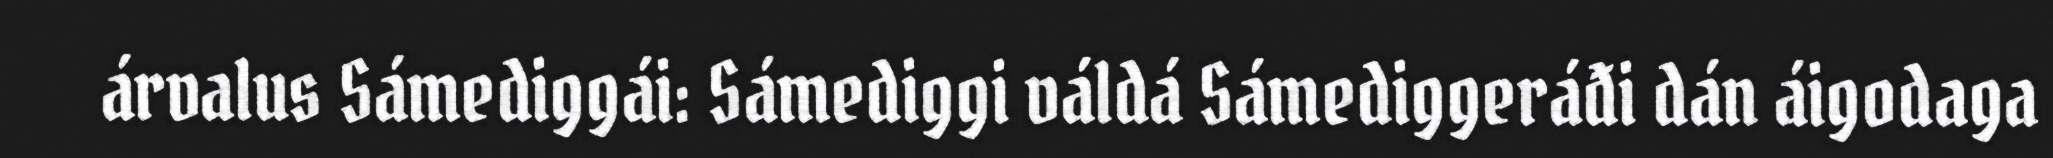
árvalus Sámediggái: Sámediggi váldá Sámediggeráđi dán áigodaga